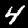
Label: 4